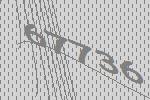
67736